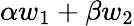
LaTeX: \alpha w_{1}+\beta w_{2}